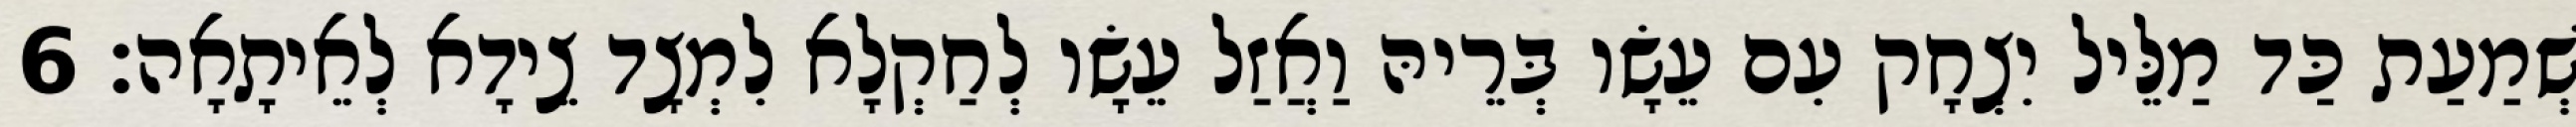
שְׁמַעַת כַּד מַלֵּיל יִצְחָק עִם עֵשָׂו בְּרֵיהּ וַאֲזַל עֵשָׂו לְחַקְלָא לִמְצָד צֵידָא לְאֵיתָאָה׃ 6